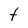
Character: t